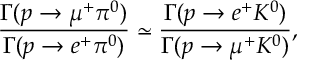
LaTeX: \frac { \Gamma ( p \rightarrow \mu ^ { + } \pi ^ { 0 } ) } { \Gamma ( p \rightarrow e ^ { + } \pi ^ { 0 } ) } \simeq \frac { \Gamma ( p \rightarrow e ^ { + } K ^ { 0 } ) } { \Gamma ( p \rightarrow \mu ^ { + } K ^ { 0 } ) } ,